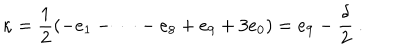
LaTeX: \kappa = \frac { 1 } { 2 } \left( - e _ { 1 } - \dots - e _ { 8 } + e _ { 9 } + 3 e _ { 0 } \right) = e _ { 9 } - \frac { \delta } { 2 } \ .